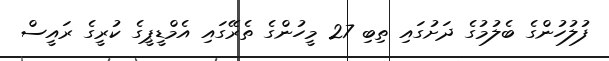
ފުލުހުންގެ ބެލުމުގެ ދަށުގައި ތިބި 27 މީހުންގެ ތެރޭގައި އެމްޑީޕީގެ ކުރީގެ ރައީސް